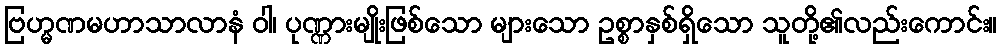
ဗြဟ္မဏမဟာသာလာနံ ဝါ၊ ပုဏ္ဏားမျိုးဖြစ်သော များသော ဥစ္စာနှစ်ရှိသော သူတို့၏လည်းကောင်း။